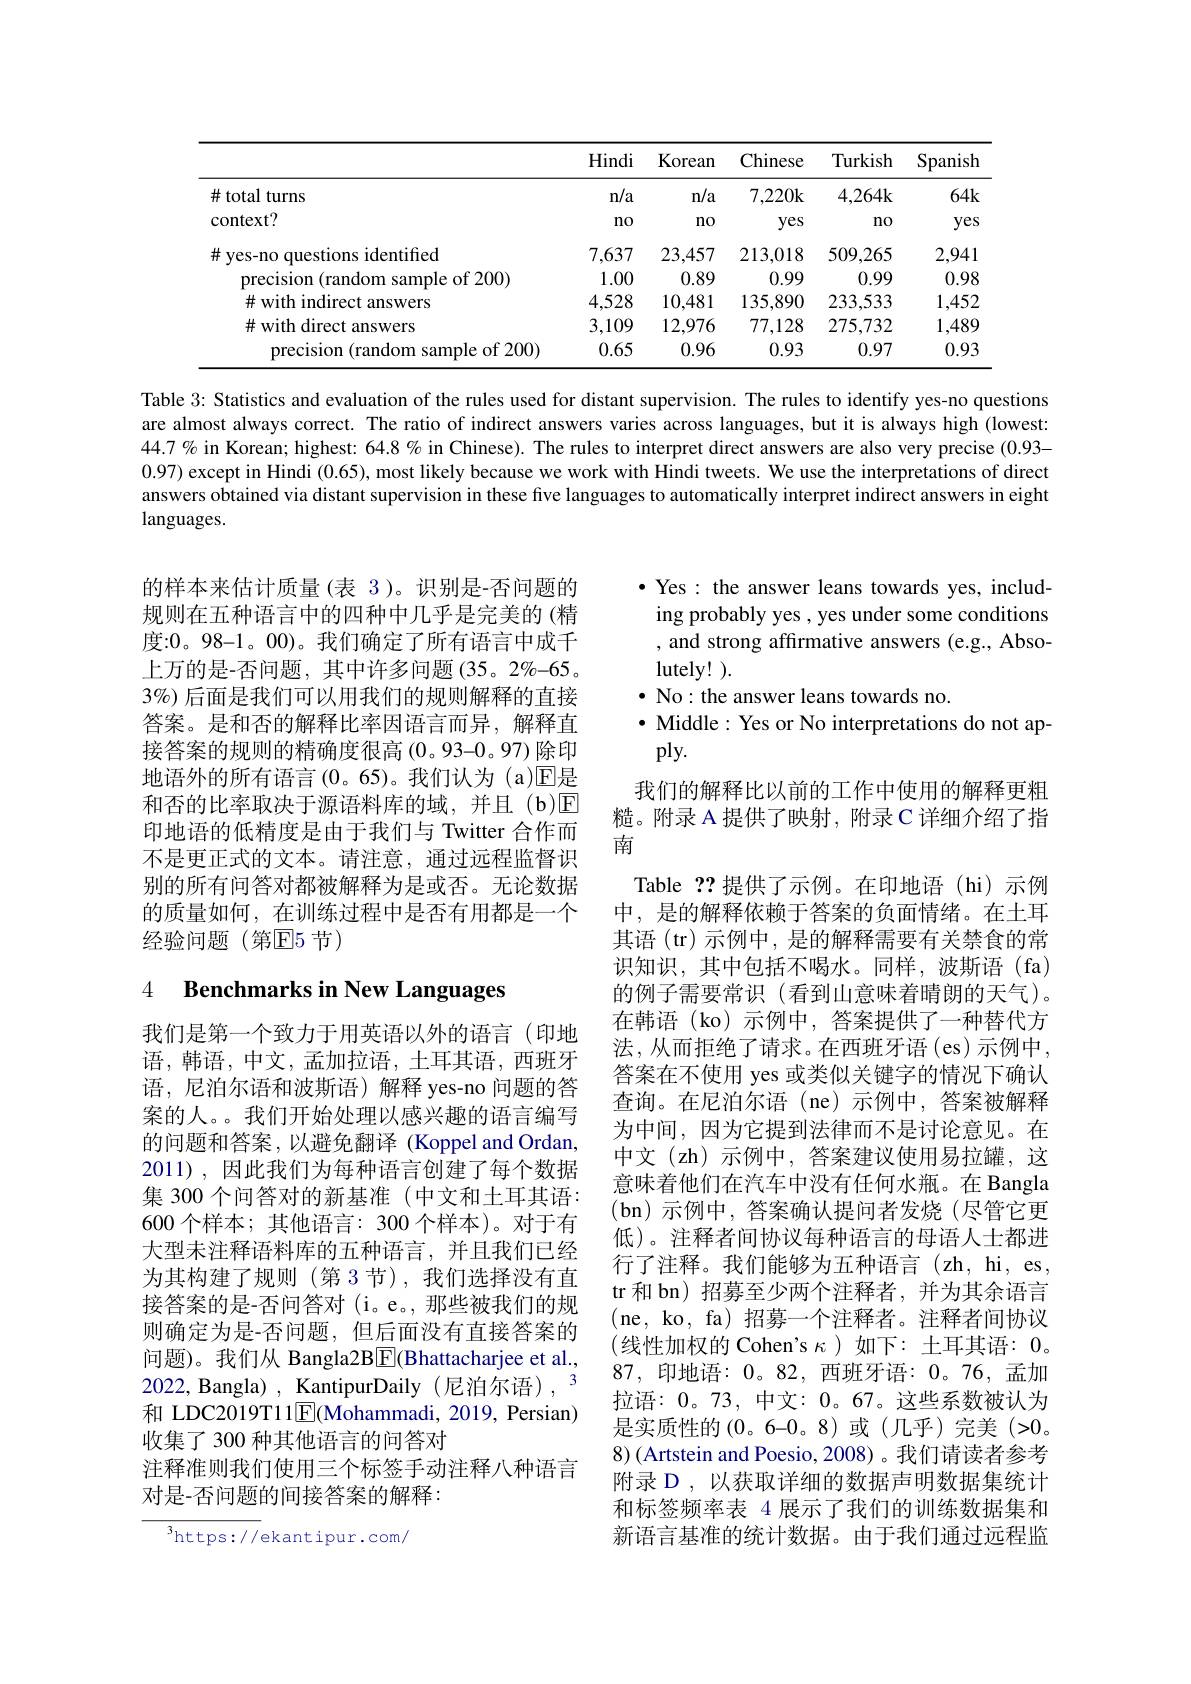
<table>
	<tbody>
		<tr>
			<th> </th>
			<th>Hindi</th>
			<th>Korean</th>
			<th>Chinese</th>
			<th>Turkish</th>
			<th>Spanish</th>
		</tr>
		<tr>
			<td>$\#$ total turns</td>
			<td>n/a</td>
			<td>n/a</td>
			<td>7,220k</td>
			<td>4,264k</td>
			<td>$64k$</td>
		</tr>
		<tr>
			<td>context? </td>
			<td>$n0$</td>
			<td>no</td>
			<td>yes</td>
			<td>$n0$</td>
			<td>yes</td>
		</tr>
		<tr>
			<td>$\#$ yes-no questions identified</td>
			<td>7,637</td>
			<td>23,457</td>
			<td>213,018</td>
			<td>509,265</td>
			<td>2,941</td>
		</tr>
		<tr>
			<td>precision (random sample of 200)</td>
			<td>1.00</td>
			<td>0.89</td>
			<td>0.99</td>
			<td>0.99</td>
			<td>0.98</td>
		</tr>
		<tr>
			<td>$\#$ with indirect answers</td>
			<td>4,528</td>
			<td>10,481</td>
			<td>135,890</td>
			<td>233,533</td>
			<td>1,452</td>
		</tr>
		<tr>
			<td>$\#$ with direct answers</td>
			<td>3,109</td>
			<td>12,976</td>
			<td>77,128</td>
			<td>275,732</td>
			<td>1,489</td>
		</tr>
		<tr>
			<td>precision (random sample of 200)</td>
			<td>0.65</td>
			<td>0.96</td>
			<td>0.93</td>
			<td>0.97</td>
			<td>0.93</td>
		</tr>
	</tbody>
</table>

Table 3: Statistics and evaluation of the rules used for distant supervision. The rules to identify yes-no questions are almost always correct. The ratio of indirect answers varies across languages, but it is always high (lowest: 44.7% in Korean; highest: 64.8 % in Chinese). The rules to interpret direct answers are also very precise (0.93- 0.97) except in Hindi (0.65), most likely because we work with Hindi tweets. We use the interpretations of direct answers obtained via distant supervision in these five languages to automatically interpret indirect answers in eight languages.

的样本来估计质量(表 3)。识别是-否问题的规则在五种语言中的四种中几乎是完美的(精度：0。98-1。00)。我们确定了所有语言中成千上万的是-否问题，其中许多问题(35。2%-65。3%)后面是我们可以用我们的规则解释的直接答案。是和否的解释比率因语言而异，解释直接答案的规则的精确度很高(0。93–0。97)除印地语外的所有语言(0。65)。我们认为 (a)回是和否的比率取决于源语料库的域，并且(b)回印地语的低精度是由于我们与 Twitter 合作而不是更正式的文本。请注意，通过远程监督识别的所有问答对都被解释为是或否。无论数据的质量如何，在训练过程中是否有用都是一个经验问题(第$\mathbb{E}$5节)

## 4 $\textbf{Benchmarks in New Languages}$

$\cdot$ Yes: the answer leans towards yes, including probably yes , yes under some conditions , and strong affirmative answers (e.g., Abso- ${\mathrm{lutely!~}}).$
$\bullet$ No: the answer leans towards no.
· Middle: Yes or No interpretations do not ap-
ply.
我们的解释比以前的工作中使用的解释更粗糙。附录 A 提供了映射，附录 C 详细介绍了指南
Table ??提供了示例。在印地语(hi)示例中，是的解释依赖于答案的负面情绪。在土耳其语(tr)示例中，是的解释需要有关禁食的常识知识，其中包括不喝水。同样，波斯语(fa) 的例子需要常识(看到山意味着晴朗的天气)。在韩语(ko)示例中，答案提供了一种替代方法，从而拒绝了请求。在西班牙语(es)示例中， 答案在不使用 yes 或类似关键字的情况下确认查询。在尼泊尔语(ne)示例中，答案被解释为中间，因为它提到法律而不是讨论意见。在中文(zh)示例中，答案建议使用易拉罐，这意味着他们在汽车中没有任何水瓶。在 Bangla (bn)示例中，答案确认提问者发烧(尽管它更低)。注释者间协议每种语言的母语人士都进行了注释。我们能够为五种语言(zh,hi,es, tr 和 bn) 招募至少两个注释者，并为其余语言(ne, ko, fa) 招募一个注释者。注释者间协议(线性加权的 Cohen's $\kappa)$ 如下：土耳其语：0。87,印地语：0。82,西班牙语：0。76,孟加拉语：0。73, 中文：0。67。这些系数被认为是实质性的(0。6–0。8)或(几乎)完美(>0。8)(Artstein and Poesio, 2008)。我们请读者参考附录 D , 以获取详细的数据声明数据集统计和标签频率表 4 展示了我们的训练数据集和新语言基准的统计数据。由于我们通过远程监

我们是第一个致力于用英语以外的语言(印地语，韩语，中文，孟加拉语，土耳其语，西班牙语，尼泊尔语和波斯语)解释 yes-no 问题的答案的人。。我们开始处理以感兴趣的语言编写的问题和答案，以避免翻译 (Koppel and Ordan, 2011),因此我们为每种语言创建了每个数据集 300 个问答对的新基准 (中文和土耳其语： 600 个样本；其他语言：300 个样本)。对于有大型未注释语料库的五种语言，并且我们已经为其构建了规则(第3节),我们选择没有直接答案的是-否问答对(i。e。,那些被我们的规则确定为是-否问题，但后面没有直接答案的问题)。我们从 Bangla2B$\boxed{\mathrm{F}}($Bhattacharjee et al., 2022, Bangla) , KantipurDaily(尼泊尔语), 和 LDC2019T11$\underline{\mathrm{E}}($Mohammadi, 2019, Persian) 收集了 300 种其他语言的问答对
注释准则我们使用三个标签手动注释八种语言
对是-否问题的间接答案的解释：

$^{3}$https://ekantipur.com/